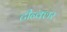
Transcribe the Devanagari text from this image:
टीन्क्लर